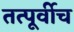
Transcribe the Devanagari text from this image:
तत्पूर्वीच